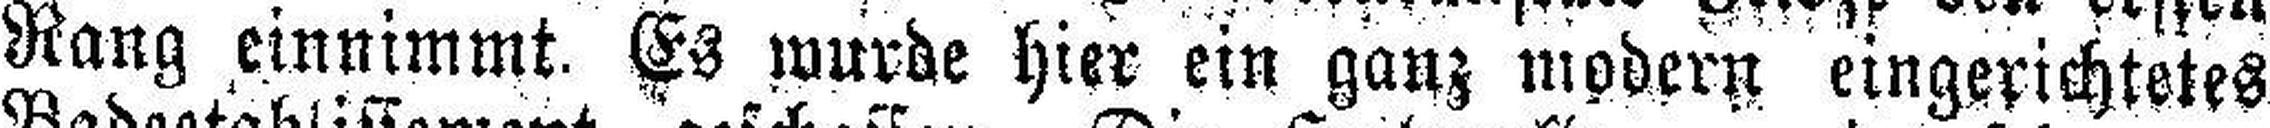
Rang einnimmt. Es wurde hier ein ganz modern eingerichtetes